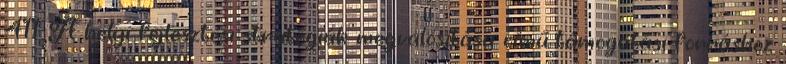
411 A helyi fejlesztési stratégiák megvalósítása című támogatási forráshoz